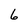
Character: 6